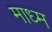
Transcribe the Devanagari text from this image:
माध्म